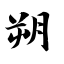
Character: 朔